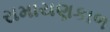
રામાયણકાળ